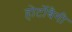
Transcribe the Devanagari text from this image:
होर्टोबैगी